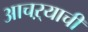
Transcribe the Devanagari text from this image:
आचऱ्याची